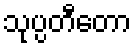
သုပ္ပတီတော